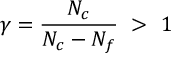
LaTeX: \gamma = \frac { N _ { c } } { N _ { c } - N _ { f } } ~ > ~ 1